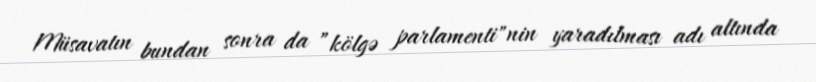
Müsavatın bundan sonra da ”kölgə parlamenti"nin yaradılması adı altında